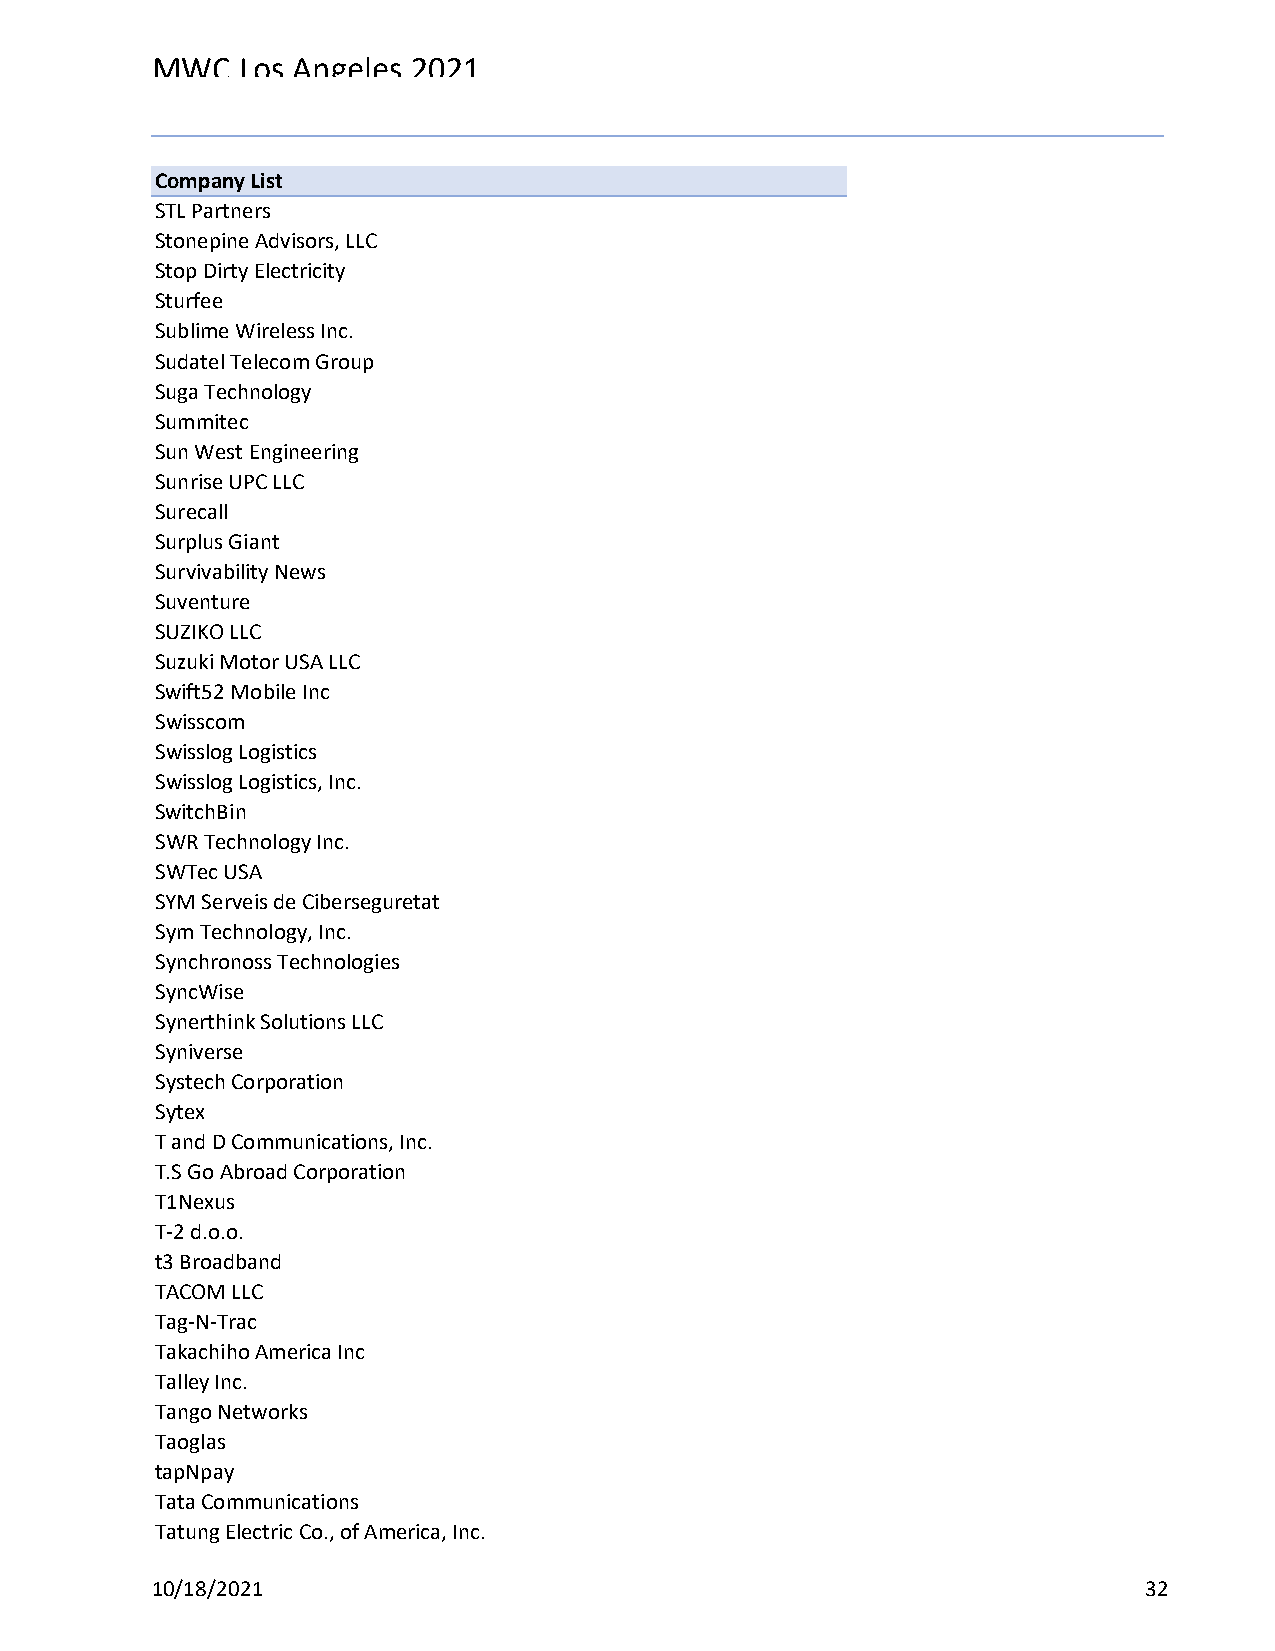
MWC   Los Angeles 2021
 Reg Status                                    Registration Complete
 Code Description                              (Multiple Items)
 Company List
 STL Partners
 Stonepine Advisors, LLC
 Stop Dirty Electricity
 Sturfee
 Sublime Wireless Inc.
 Sudatel Telecom Group
 Suga Technology
 Summitec
 Sun West Engineering
 Sunrise UPC LLC
 Surecall
 Surplus Giant
 Survivability News
 Suventure
 SUZIKO LLC
 Suzuki Motor USA LLC
 Swift52 Mobile Inc
 Swisscom
 Swisslog Logistics
 Swisslog Logistics, Inc.
 SwitchBin
 SWR Technology Inc.
 SWTec USA
 SYM Serveis de Ciberseguretat
 Sym Technology, Inc.
 Synchronoss Technologies
 SyncWise
 Synerthink Solutions LLC
 Syniverse
 Systech Corporation
 Sytex
 T and D Communications, Inc.
 T.S Go Abroad Corporation
 T1Nexus
 T-2 d.o.o.
 t3 Broadband
 TACOM LLC
 Tag-N-Trac
 Takachiho America Inc
 Talley Inc.
 Tango Networks
 Taoglas
 tapNpay
 Tata Communications
 Tatung Electric Co., of America, Inc.
 10/18/2021                                                        32